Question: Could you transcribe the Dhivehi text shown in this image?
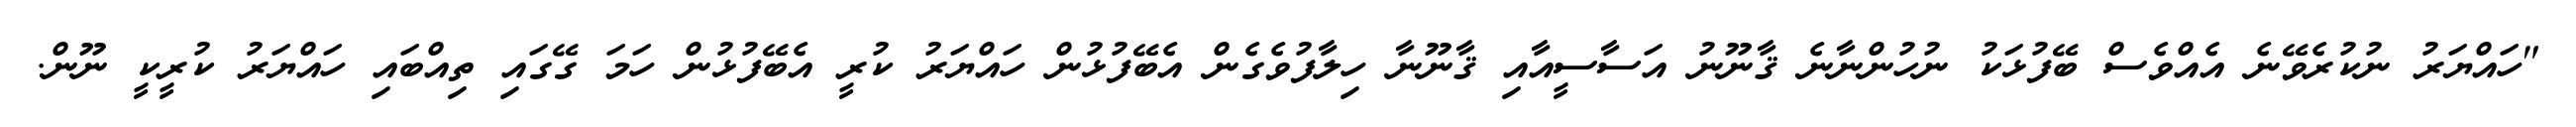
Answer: "ހައްޔަރު ނުކުރެވޭނެ އެއްވެސް ބޭފުޅަކު ނުހުންނާނެ ޤާނޫނު އަސާސީއާއި ޤާނޫނާ ހިލާފުވެގެން އެބޭފުޅުން ހައްޔަރު ކުރީ އެބޭފުޅުން ހަމަ ގޭގައި ތިއްބައި ހައްޔަރު ކުރީކީ ނޫން.